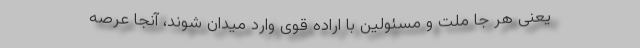
یعنی هر جا ملت و مسئولین با اراده قوی وارد میدان شوند، آنجا عرصه